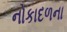
નોકાદળના